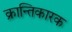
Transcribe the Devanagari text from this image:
क्रान्तिकारक